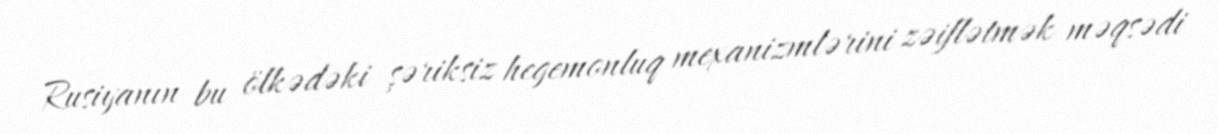
Rusiyanın bu ölkədəki şəriksiz hegemonluq mexanizmlərini zəiflətmək məqsədi